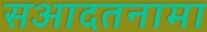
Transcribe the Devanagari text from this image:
सआदतनामा